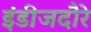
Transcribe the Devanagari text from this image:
इंडीजदौरे